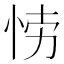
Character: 𭜲